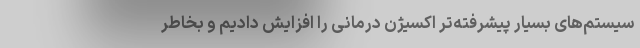
سیستم‌های بسیار پیشرفته‌تر اکسیژن درمانی را افزایش دادیم و بخاطر